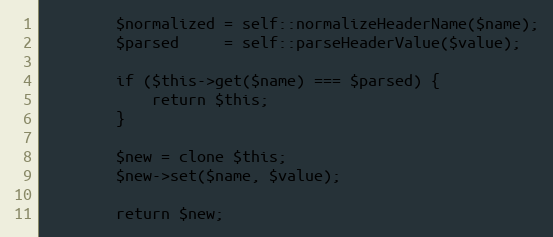
Language: PHP
		$normalized = self::normalizeHeaderName($name);
		$parsed     = self::parseHeaderValue($value);

		if ($this->get($name) === $parsed) {
			return $this;
		}

		$new = clone $this;
		$new->set($name, $value);

		return $new;